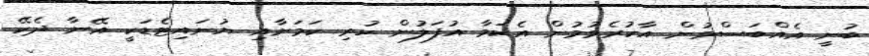
ބުނީ އެއްބަސްވުން އާކުރެވުމުން އެކަމާ އުފަލުން ހުރި ކަމަށާއި ޔުނައިޓެޑަކީ އޭނާ ދެކޭ